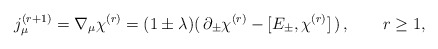
\begin{align*}j_\mu^{(r+1)} = \nabla_\mu\chi^{(r)} = (1\pm\lambda) (\, \partial_\pm \chi^{(r)} - [E_\pm, \chi^{(r)} ] \, ) \, , \qquad r\geq1 ,\end{align*}